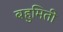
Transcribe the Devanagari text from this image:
बहुमिती